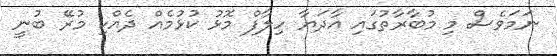
ނަމަވެސް މި މުބާރާތުގައި އާދަޔާ ހިލާފް މޮޅު ކުޅުމެއް ދެއްކި މުރޭ ބުނީ